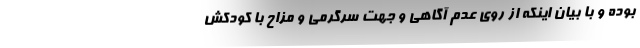
بوده و با بیان اینکه از روی عدم آگاهی و جهت سرگرمی و مزاح با کودکش